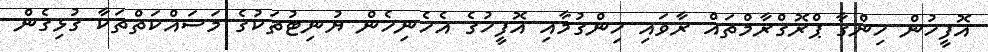
އޮފީހުން ހިންގާ ޕްރޮގްރާމްތައް ރާވައި ހިންގުމާއި އޮފީހުގެ އެހެނިހެން ޔުނިޓުތަކުގެ މަސައްކަތްތަކާ ގުޅިގެން